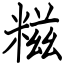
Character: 糍